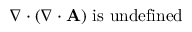
\nabla \cdot ( \nabla \cdot \mathbf { A } ) { \mathrm { ~ i s ~ u n d e f i n e d } }